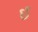
ઇ